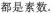
都是素数.